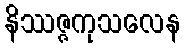
နိဿဇ္ဇကုသလေန